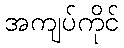
အကျပ်ကိုင်